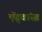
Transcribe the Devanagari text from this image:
ऍड्वांस्ड